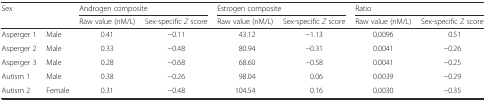
<table><thead><tr><td rowspan="2" colspan="2"><b>Sex</b></td><td colspan="2"><b>Androgen composite</b></td><td colspan="2"><b>Estrogen composite</b></td><td colspan="2"><b>Ratio</b></td></tr><tr><td><b>Raw value (nM/L)</b></td><td><b>Sex-specific <i>Z</i> score</b></td><td><b>Raw value (nM/L)</b></td><td><b>Sex-specific <i>Z</i> score</b></td><td><b>Raw value (nM/L)</b></td><td><b>Sex-specific Z score</b></td></tr></thead><tbody><tr><td>Asperger 1</td><td>Male</td><td>0.41</td><td>−0.11</td><td>43.12</td><td>−1.13</td><td>0.0096</td><td>0.51</td></tr><tr><td>Asperger 2</td><td>Male</td><td>0.33</td><td>−0.48</td><td>80.94</td><td>−0.31</td><td>0.0041</td><td>−0.26</td></tr><tr><td>Asperger 3</td><td>Male</td><td>0.28</td><td>−0.68</td><td>68.60</td><td>−0.58</td><td>0.0041</td><td>−0.25</td></tr><tr><td>Autism 1</td><td>Male</td><td>0.38</td><td>−0.26</td><td>98.04</td><td>0.06</td><td>0.0039</td><td>−0.29</td></tr><tr><td>Autism 2</td><td>Female</td><td>0.31</td><td>−0.48</td><td>104.54</td><td>0.16</td><td>0.0030</td><td>−0.35</td></tr></tbody></table>